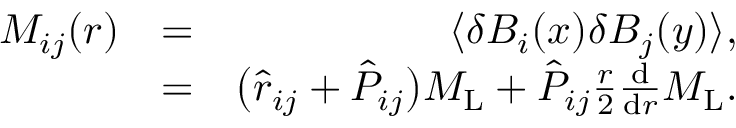
\begin{array} { r l r } { M _ { i j } ( r ) } & { = } & { \langle \delta B _ { i } ( \boldsymbol { x } ) \delta B _ { j } ( \boldsymbol { y } ) \rangle , } \\ & { = } & { \bigl ( \hat { r } _ { i j } + \hat { P } _ { i j } \bigl ) M _ { \mathrm { L } } + \hat { P } _ { i j } \frac { r } { 2 } \frac { \mathrm { d } } { \mathrm { d } r } M _ { \mathrm { L } } . } \end{array}